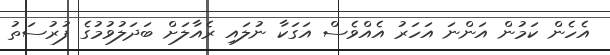
އެހެން ކަމުން އަންނަ އަހަރު އެއްވެސް އަގަކާ ނުލައި ރެއާލަށް ބަދަލުވުމުގެ ފުރުސަތު